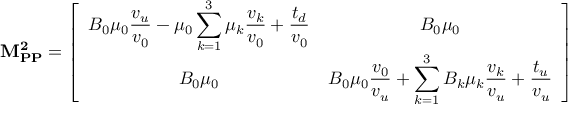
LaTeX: \mathbf { M _ { P P } ^ { 2 } } = \left[ \begin{array} { c c } { { \displaystyle B _ { 0 } \mu _ { 0 } \frac { v _ { u } } { v _ { 0 } } - \mu _ { 0 } \sum _ { k = 1 } ^ { 3 } \mu _ { k } \frac { v _ { k } } { v _ { 0 } } + \frac { t _ { d } } { v _ { 0 } } } } & { { B _ { 0 } \mu _ { 0 } } } \\ { { B _ { 0 } \mu _ { 0 } } } & { { \displaystyle B _ { 0 } \mu _ { 0 } \frac { v _ { 0 } } { v _ { u } } + \sum _ { k = 1 } ^ { 3 } B _ { k } \mu _ { k } \frac { v _ { k } } { v _ { u } } + \frac { t _ { u } } { v _ { u } } } } \end{array} \right]